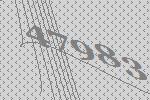
47983